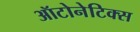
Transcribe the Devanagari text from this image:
ऑटोनेटिक्स